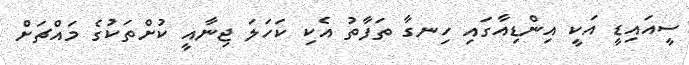
ސީއައިޑީ އަކީ އިންޑިއާގައި ހިނގާ ތަފާތު އެކި ކަހަލަ ޖިނާއީ ކުށްތަކުގެ މައްޗަށް